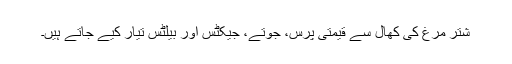
شتر مرغ کی کھال سے قیمتی پرس، جوتے، جیکٹس اور بیلٹس تیار کیے جاتے ہیں۔